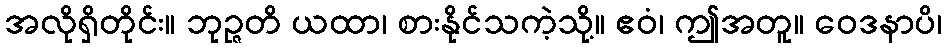
အလိုရှိတိုင်း။ ဘုဉ္ဇတိ ယထာ၊ စားနိုင်သကဲ့သို့။ ဧဝံ၊ ဤအတူ။ ဝေဒနာပိ၊